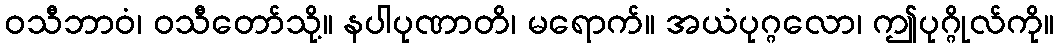
ဝသီဘာဝံ၊ ဝသီတော်သို့။ နပါပုဏာတိ၊ မရောက်။ အယံပုဂ္ဂလော၊ ဤပုဂ္ဂိုလ်ကို။